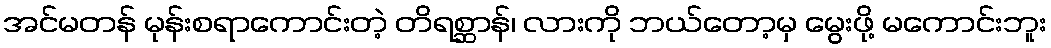
အင်မတန် မုန်းစရာကောင်းတဲ့ တိရစ္ဆာန်၊ လားကို ဘယ်တော့မှ မွေးဖို့ မကောင်းဘူး